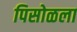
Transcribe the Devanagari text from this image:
पिसोळला